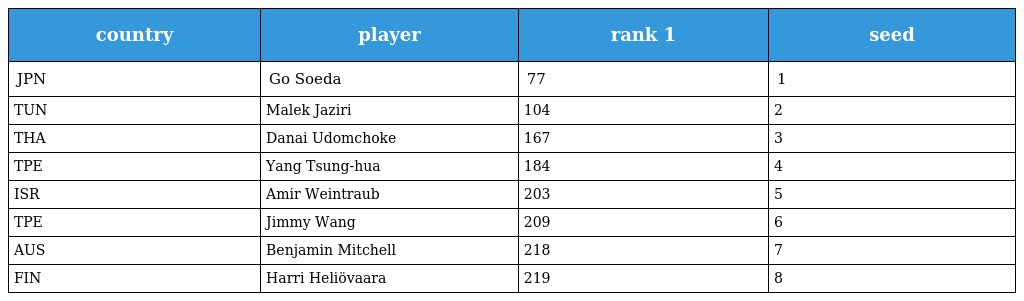
| country | player | rank 1 | seed |
 | --- | --- | --- | --- |
 | JPN | Go Soeda | 77 | 1 |
 | TUN | Malek Jaziri | 104 | 2 |
 | THA | Danai Udomchoke | 167 | 3 |
 | TPE | Yang Tsung-hua | 184 | 4 |
 | ISR | Amir Weintraub | 203 | 5 |
 | TPE | Jimmy Wang | 209 | 6 |
 | AUS | Benjamin Mitchell | 218 | 7 |
 | FIN | Harri Heliövaara | 219 | 8 |